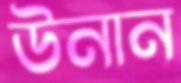
উনান